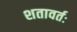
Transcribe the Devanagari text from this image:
शतावर्तः